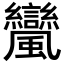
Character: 𩙟